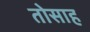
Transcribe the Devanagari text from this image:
तोसाह